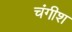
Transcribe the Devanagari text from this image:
चंगीश